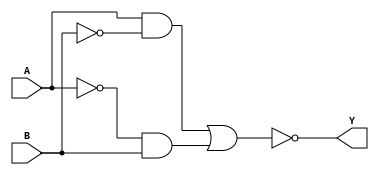
module XORGate(
    input A,
    input B,
    output Y
);

wire nt1, nt2, pt1, pt2, Y_int;

assign nt1 = A & ~B;
assign nt2 = ~A & B;
assign pt1 = nt1;
assign pt2 = nt2;
assign Y_int = pt1 | pt2;
assign Y = ~Y_int;

endmodule